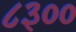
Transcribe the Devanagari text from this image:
८३००